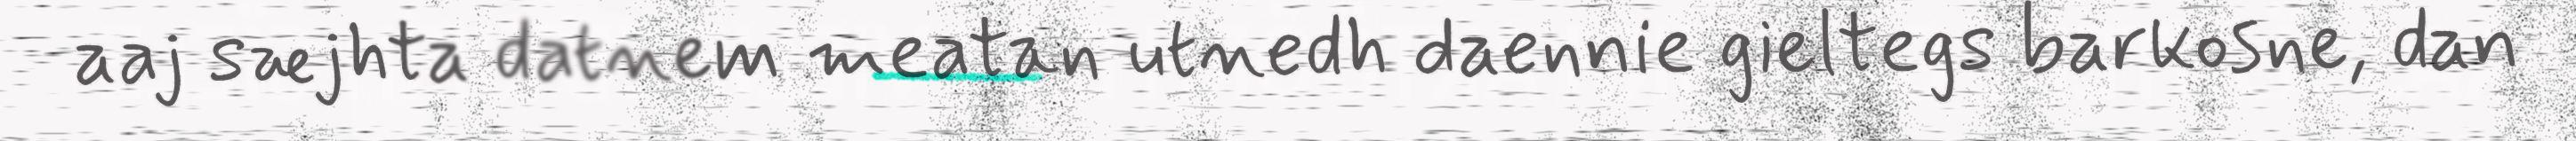
aaj sæjhta datnem meatan utnedh daennie gieltegs barkosne, dan